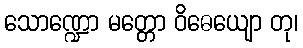
သောဏ္ဍော မတ္တော ဝိဓေယျော တု၊